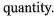
quantity.